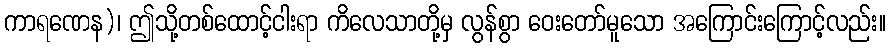
ကာရဏေန)၊ ဤသို့တစ်ထောင့်ငါးရာ ကိလေသာတို့မှ လွန်စွာ ဝေးတော်မူသော အကြောင်းကြောင့်လည်း။